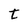
Character: t